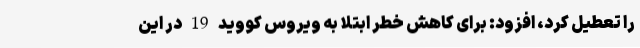
را تعطیل کرد، افزود: برای کاهش خطر ابتلا به ویروس کووید 19 در این